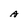
Character: A